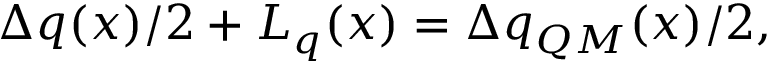
\Delta q ( x ) / 2 + L _ { q } ( x ) = \Delta q _ { Q M } ( x ) / 2 ,